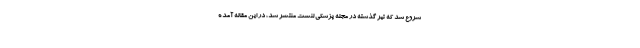
شروع شد که تیر گذشته در مجله پزشکی لنست منتشر شد، در این مقاله آمده